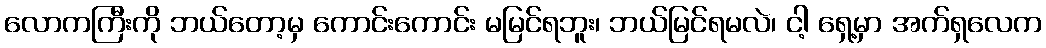
လောကကြီးကို ဘယ်တော့မှ ကောင်းကောင်း မမြင်ရဘူး၊ ဘယ်မြင်ရမလဲ၊ ငါ့ ရှေ့မှာ အက်ရှလေက